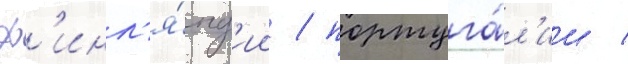
ф'инл'я́нд'ии / португа́л'ии /